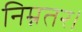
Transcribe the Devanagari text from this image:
निम्नतर।